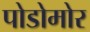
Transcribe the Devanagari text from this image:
पोडोमोर